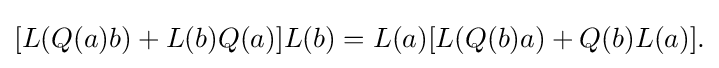
\displaystyle {[L(Q(a)b)+L(b)Q(a)]L(b)=L(a)[L(Q(b)a)+Q(b)L(a)].}